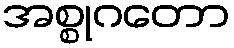
အစ္စုဂတော